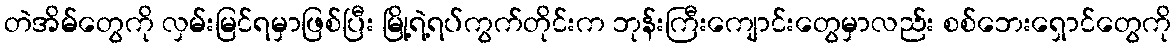
တဲအိမ်တွေကို လှမ်းမြင်ရမှာဖြစ်ပြီး မြို့ရဲ့ရပ်ကွက်တိုင်းက ဘုန်းကြီးကျောင်းတွေမှာလည်း စစ်ဘေးရှောင်တွေကို